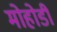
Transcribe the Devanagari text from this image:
मोहोडी